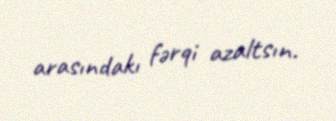
arasındakı fərqi azaltsın.